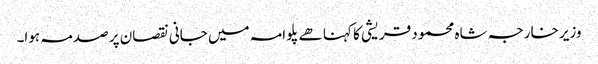
وزیر خارجہ شاہ محمود قریشی کا کہنا ھے پلوامہ میں جانی نقصان پر صدمہ ہوا۔